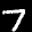
Label: 7